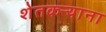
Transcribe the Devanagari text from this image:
शेतकऱ्याना